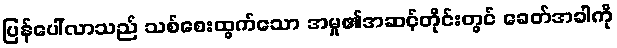
ပြန်ပေါ်လာသည် သစ်စေးထွက်သော အမှု၏အဆင့်တိုင်းတွင် ခေတ်အခါကို